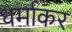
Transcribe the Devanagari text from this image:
धर्माकर